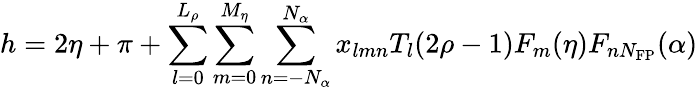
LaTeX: h=2\eta+\pi+\sum_{l=0}^{L_{\rho}}\sum_{m=0}^{M_{\eta}}\sum_{n=-N_{\alpha}}^{N_{\alpha}}x_{lmn}T_{l}(2\rho-1)F_{m}(\eta)F_{nN_{\mathrm{FP}}}(\alpha)